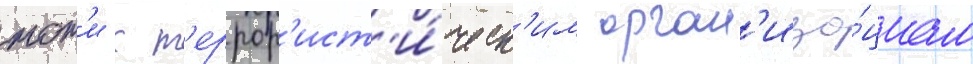
тот'и к т'еррор'ист'и́ческ'им орган'иза́циам